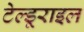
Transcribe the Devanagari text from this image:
टेल्डूराइल